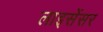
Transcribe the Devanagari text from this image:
लाइसेंसर